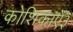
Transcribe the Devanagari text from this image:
कोशिकाएँ३